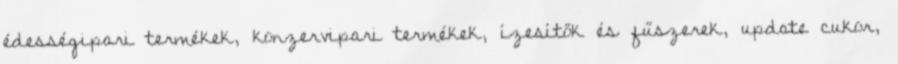
édességipari termékek, konzervipari termékek, ízesítők és fűszerek, update cukor,